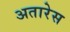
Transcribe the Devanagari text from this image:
अतारेस